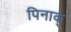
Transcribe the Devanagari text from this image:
पिनाक्